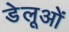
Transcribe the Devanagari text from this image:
डेलूओं